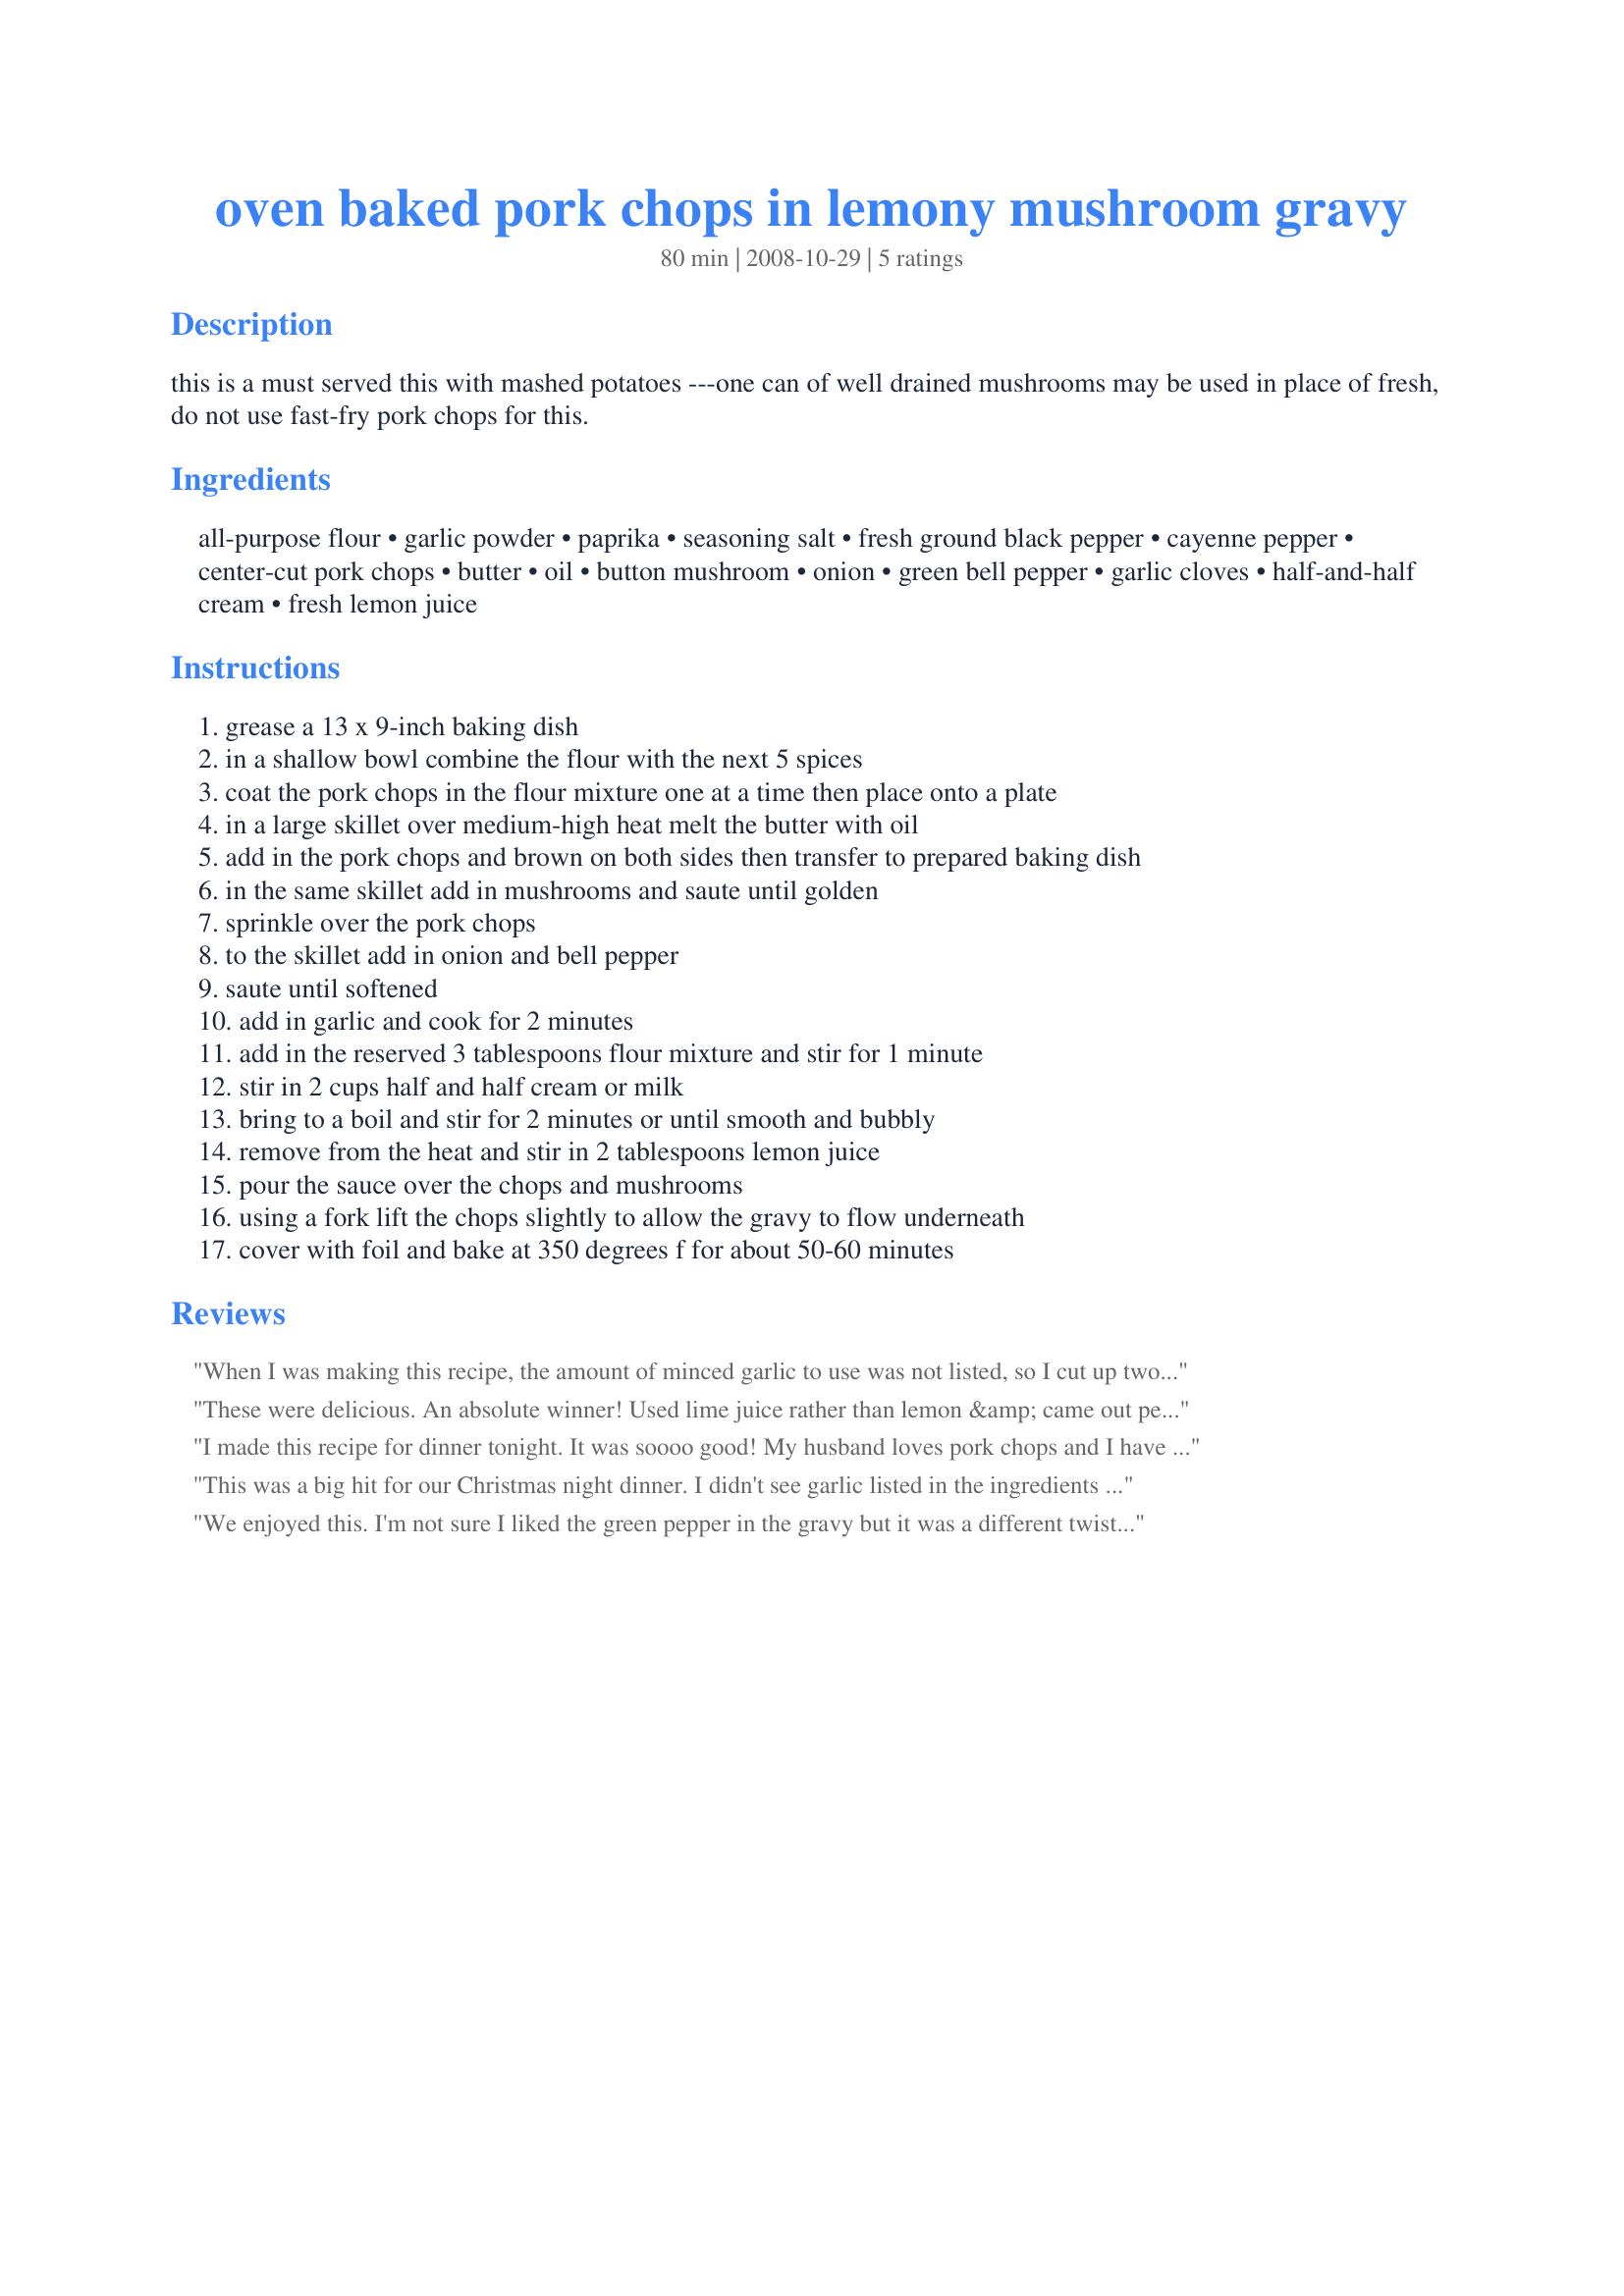
oven baked pork chops in lemony mushroom gravy
Preparation time: 80 minutes

this is a must served this with mashed potatoes ---one can of well drained mushrooms may be used in place of fresh, do not use fast-fry pork chops for this.

Ingredients:
all-purpose flour, garlic powder, paprika, seasoning salt, fresh ground black pepper, cayenne pepper, center-cut pork chops, butter, oil, button mushroom, onion, green bell pepper, garlic cloves, half-and-half cream, fresh lemon juice

Steps:
grease a 13 x 9-inch baking dish
in a shallow bowl combine the flour with the next 5 spices
coat the pork chops in the flour mixture one at a time then place onto a plate
in a large skillet over medium-high heat melt the butter with oil
add in the pork chops and brown on both sides then transfer to prepared baking dish
in the same skillet add in mushrooms and saute until golden
sprinkle over the pork chops
to the skillet add in onion and bell pepper
saute until softened
add in garlic and cook for 2 minutes
add in the reserved 3 tablespoons flour mixture and stir for 1 minute
stir in 2 cups half and half cream or milk
bring to a boil and stir for 2 minutes or until smooth and bubbly
remove from the heat and stir in 2 tablespoons lemon juice
pour the sauce over the chops and mushrooms
using a fork lift the chops slightly to allow the gravy to flow underneath
cover with foil and bake at 350 degrees f for about 50-60 minutes

Reviews:
When I was making this recipe, the amount of minced garlic to use was not listed, so I cut up two cloves and per the directions sauteed them for two minutes after the onions had softened. However, the sauce turned out a little bland, so maybe I should have added more. The pork chops were nice and tender, and the lemony-mushroom flavor went great with the chops!
These were delicious. An absolute winner! Used lime juice rather than lemon &amp; came out perfect. The sauce made the difference. Will definitely be repeating this! :-)
I made this recipe for dinner tonight. It was soooo good! My husband loves pork chops and I have been hoping to find a new recipe to make. He said he would eat this again and again. I followed the recipe to the "T". I served it with roasted small potatoes tossed with olive oil, garlic and Italian seasonings with steamed broccoli Outstanding!! Thank you for this one Kittencal! A keeper!
This was a big hit for our Christmas night dinner. I didn't see garlic listed in the ingredients (but it was listed in the instructions) so I didn't add it. I also wasn't sure what temp to cook them at so I did them at 400 degrees for a little over an hour. My chops were pretty thick.
Delicious & I received a lot of compliments on this dish. Thanks, Kittencal!
We enjoyed this. I'm not sure I liked the green pepper in the gravy but it was a different twist on pork chops which was nice.
